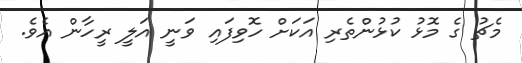
މެޗު ގެ މޮޅު ކުޅުންތެރި އަކަށް ހޮވިފައި ވަނީ އަލީ ރީހާން އެވެ.